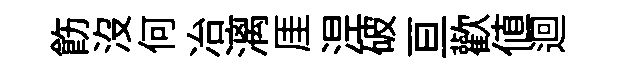
飭沒何冶漓厓𣵀破亘歡值迴